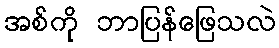
အစ်ကို ဘာပြန်ဖြေသလဲ